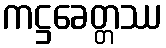
ကဋ္ဌခေတ္တဿ